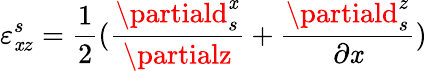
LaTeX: \varepsilon_{\mathit{x}z}^{s}=\frac{{1}}{{2}}(\frac{{\partiald_{s}^{\mathit{x}}}}{{\partialz}}+\frac{{\partiald_{s}^{z}}}{{\partial\mathit{x}}})